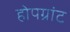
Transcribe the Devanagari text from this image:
होपग्रांट